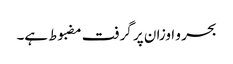
بحر و اوزان پر گرفت مضبوط ہے۔